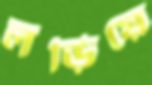
লড়িয়ে